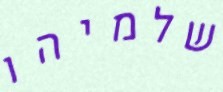
שלמיהו